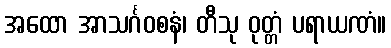
အထော အာသင်္ဂဝစနံ၊ တီသု ဝုတ္တံ ပရာယဏံ။